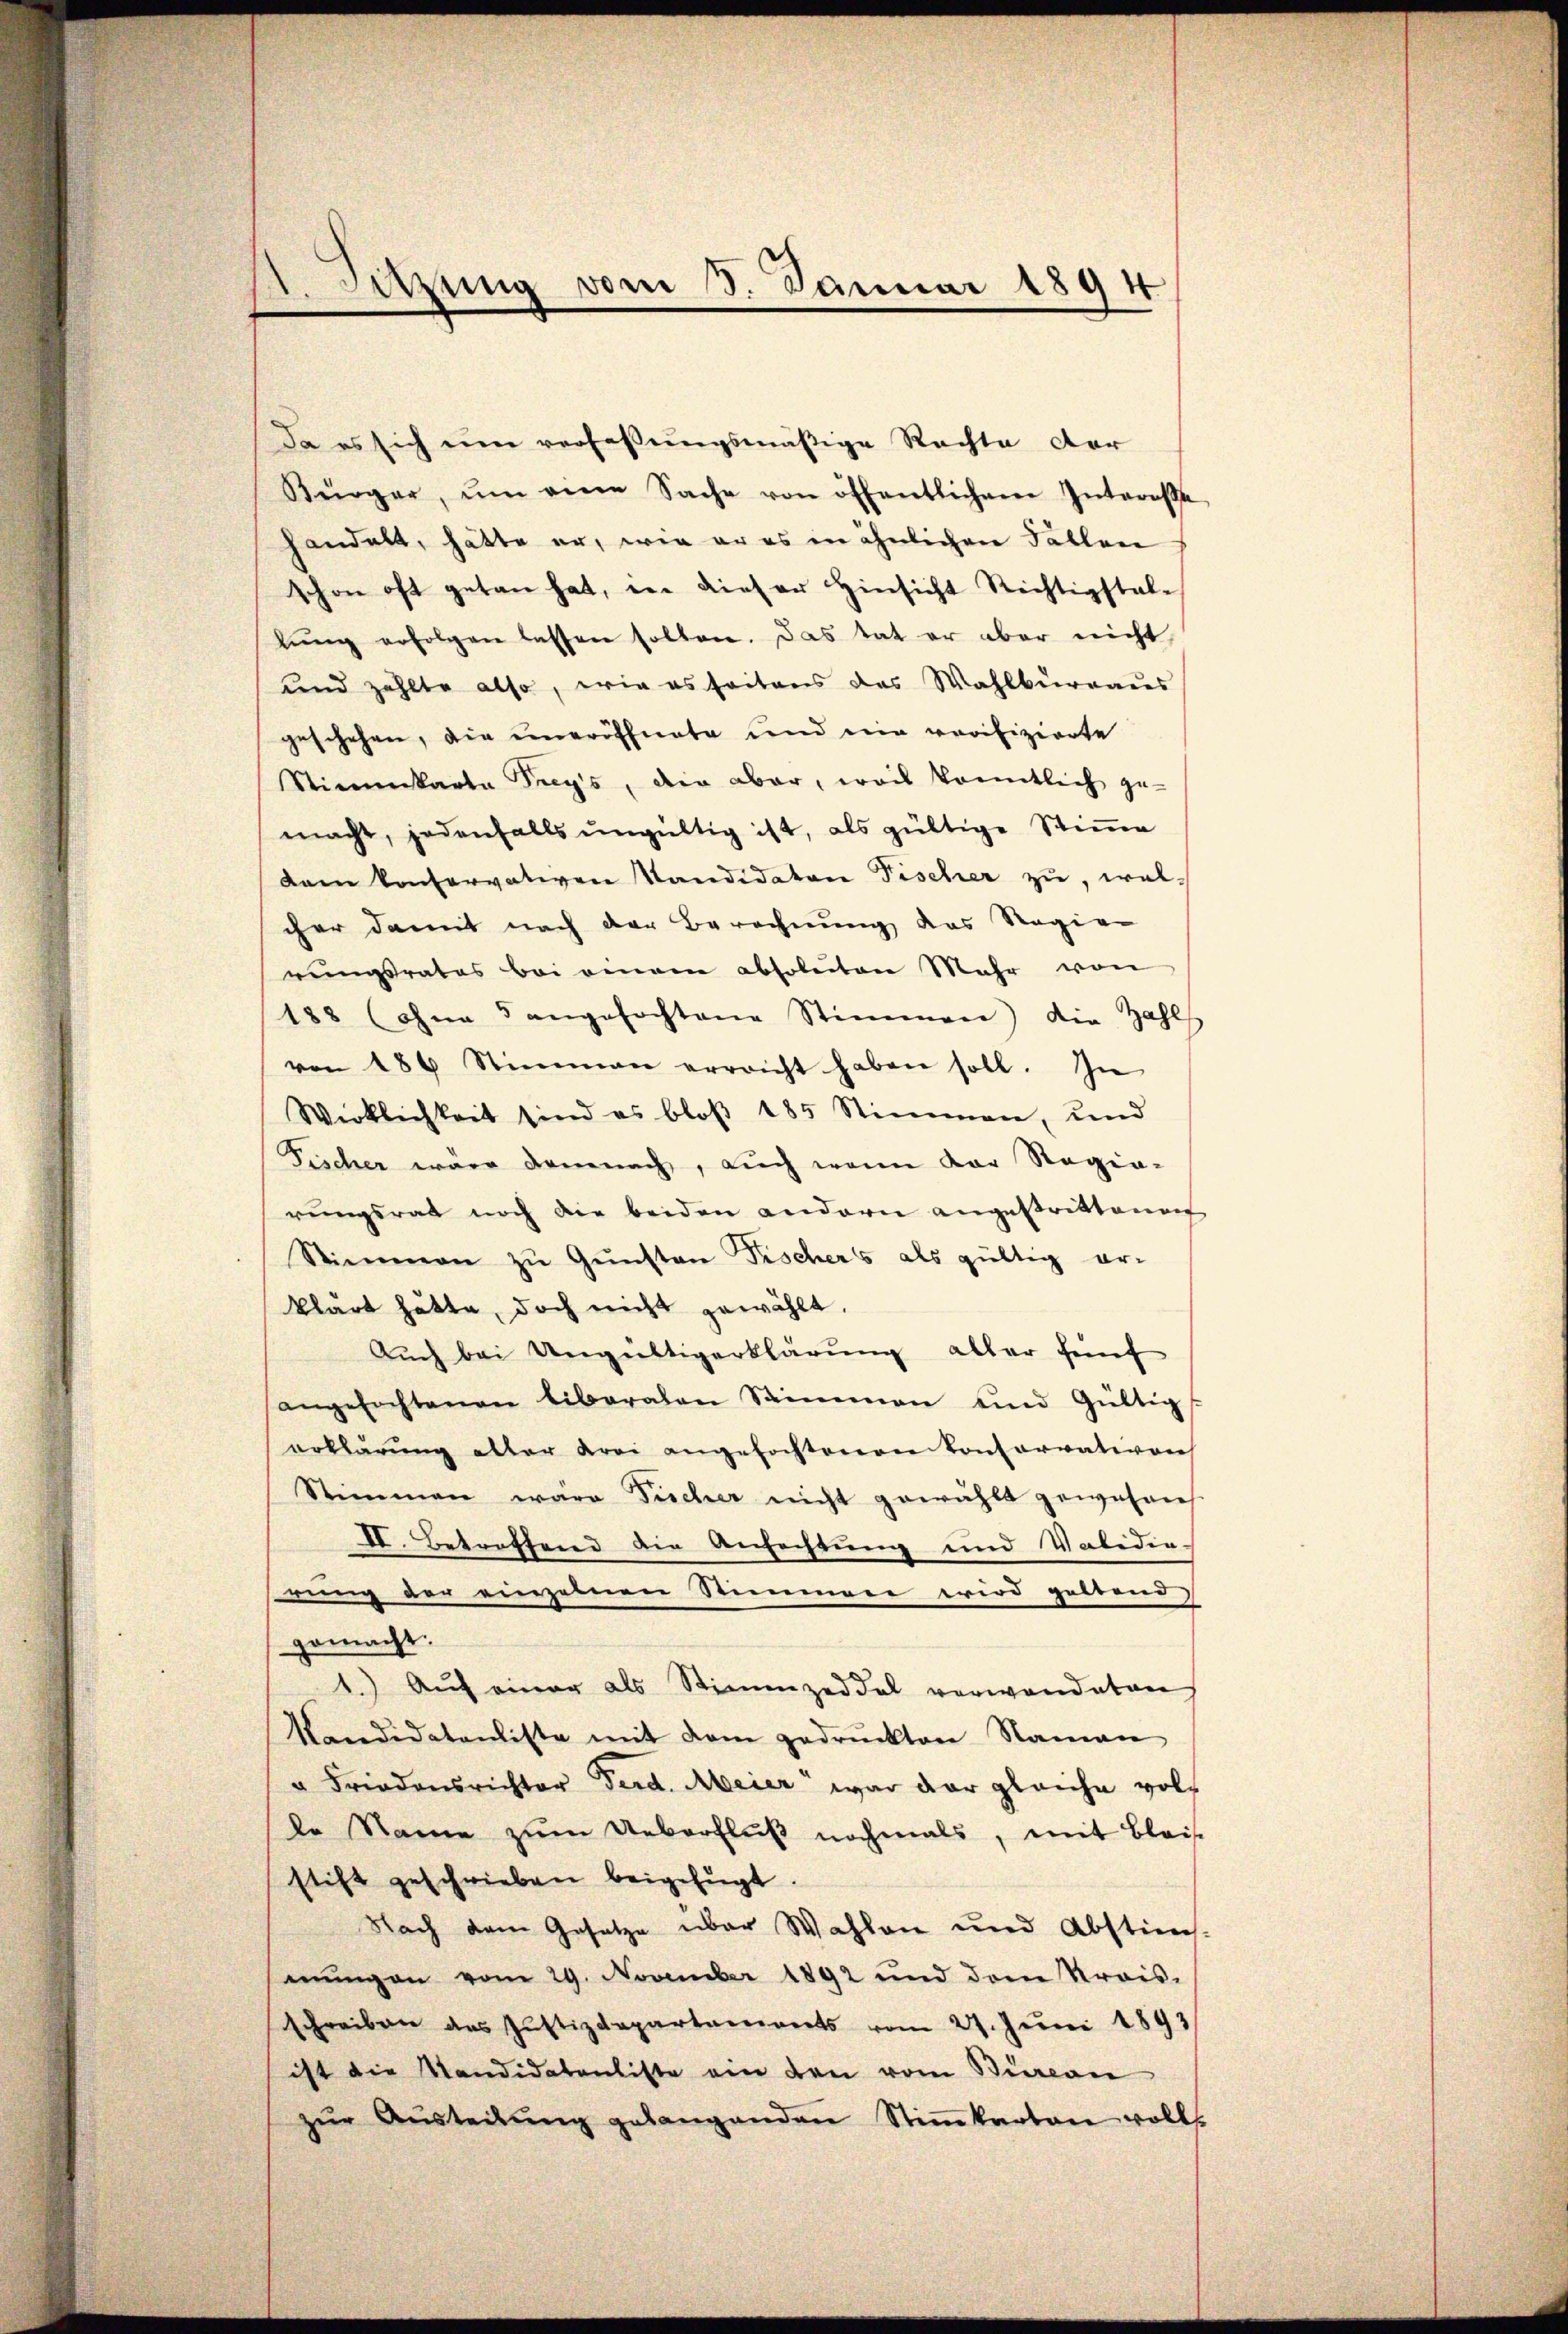
Sitzung vom 5. Januar 1894
.

Da es sich um verfassungsmäßige Rechte der
Bürger, ŭm eine Sache von öffentlichem Interesse
handelt, hätte er, wie er es in ähnlichen Fallen
schon oft getan hat, ein dieser Hinsicht Rechtigstale
lŭng erfolgen lassen sollen. Das tat er aber nicht
und zählte also, wie es seitens das Wahlburgaus
geschehen, die uneröffnete und ein verifizierte
Stimmkarta Trys, den aber, weis konntlich ge-
macht, jedenfalls ŭngültig ist, als gültige Stimme
dann konservativen Kandidaten Fischer zu, wel-
cher damit nach der Berechnung das Regie-
rungsrates bei einem absoluten Mehr von
188 (ohne angefochtene Stimmen) die Zahl
von 186 Stimmen erreicht haben soll. In
Wirklichkeit sind es bloβ 185 Stimmen, und
Fischer ware demnach, auch wenn der Ragia-
rungsrat noch die beiden andern angestrittenen
Stimmen zu Gunsten Fischers als gültig er-
klärt hätte, doch nicht gewählt.
Auch bei Ungültigerklärung aller fünf
angefochtenen liberalen Sammen und Gültig
erklärung aller Krei angefochtenen Contorrativen
Stimmen ware Tücher nicht gewählt gewesenh
II. Betreffend die Anfechtung und Valedig-
rung der einzelnen Stimmen wird geltend
gemacht.
1.) Auf einer als Stimmzeddel verwandeten
Kandidatenliste mit dem gedruckten Namen
" Friedensrichter Ferd. Meier war dar gleiche volle Name zŭm Ueberflŭβ nochmals, mit Blais
stift geschrieben beigefügt.
Nach dem Gesetze über Wahlen und Abstim-
mŭngen vom 29. November 1892 und dem Krais-
schreiben das Justizdepartaments vom 27. Jŭni 1893/
ist die Kandidatenliste ein den vom Simon
zŭr Aŭsteilŭng gelangenden Stiṁkarton volls-